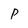
Character: p